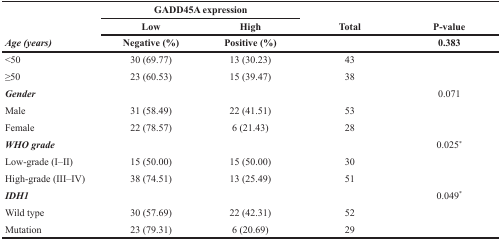
<table><thead><tr><td rowspan="3"><b><i>Age (years)</i></b></td><td colspan="2"><b>GADD45A expression</b></td><td rowspan="2"><b>Total</b></td><td rowspan="2"><b>P-value</b></td></tr><tr><td><b>Low</b></td><td><b>High</b></td></tr><tr><td><b>Negative (%)</b></td><td><b>Positive (%)</b></td><td></td><td><b>0.383</b></td></tr></thead><tbody><tr><td>&lt;50</td><td>30 (69.77)</td><td>13 (30.23)</td><td>43</td><td></td></tr><tr><td>≥50</td><td>23 (60.53)</td><td>15 (39.47)</td><td>38</td><td></td></tr><tr><td><b><i>Gender</i></b></td><td></td><td></td><td></td><td>0.071</td></tr><tr><td>Male</td><td>31 (58.49)</td><td>22 (41.51)</td><td>53</td><td></td></tr><tr><td>Female</td><td>22 (78.57)</td><td>6 (21.43)</td><td>28</td><td></td></tr><tr><td><b><i>WHO grade</i></b></td><td></td><td></td><td></td><td>0.025*</td></tr><tr><td>Low-grade (I–II)</td><td>15 (50.00)</td><td>15 (50.00)</td><td>30</td><td></td></tr><tr><td>High-grade (III–IV)</td><td>38 (74.51)</td><td>13 (25.49)</td><td>51</td><td></td></tr><tr><td><b><i>IDH1</i></b></td><td></td><td></td><td></td><td>0.049*</td></tr><tr><td>Wild type</td><td>30 (57.69)</td><td>22 (42.31)</td><td>52</td><td></td></tr><tr><td>Mutation</td><td>23 (79.31)</td><td>6 (20.69)</td><td>29</td><td></td></tr></tbody></table>